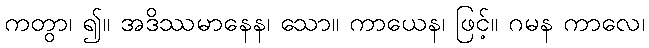
ကတွာ၊ ၍။ အဒိဿမာနေန၊ သော။ ကာယေန၊ ဖြင့်။ ဂမန ကာလေ၊